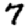
Digit: 7